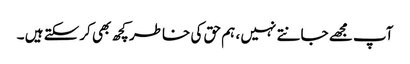
آپ مجھے جانتے نہیں ، ہم حق کی خاطر کچھ بھی کرسکتے ہیں ۔